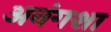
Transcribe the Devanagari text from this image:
अनंगशा